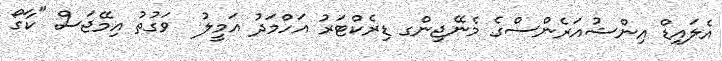
އެލައިޑް އިންޝުއަރެންސްގެ މެނޭޖިންގ ޑިރެކްޓަރު އަހްމަދު އަމީލު  ވަގުތު އިމޭޖަސް "ކާގޯ